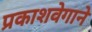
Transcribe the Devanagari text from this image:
प्रकाशवेगाने